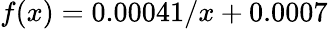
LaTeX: f(x)=0.00041/x+0.0007